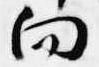
向